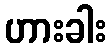
ဟားခါး